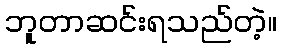
ဘူတာဆင်းရသည်တဲ့။